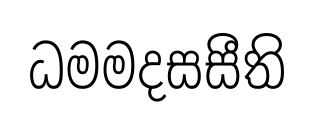
ධමමදසසීති